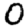
Digit: 0